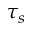
\tau _ { s }